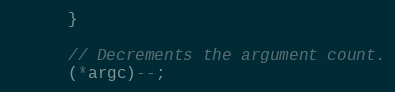
Language: C++
      }

      // Decrements the argument count.
      (*argc)--;